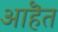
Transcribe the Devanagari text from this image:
आहॆत